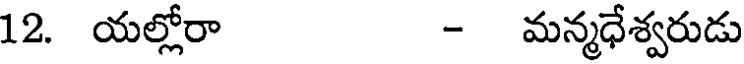
12. యల్లోరా - మన్మధేశ్వరుడు